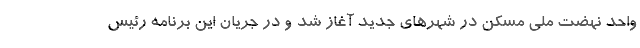
واحد نهضت ملی مسکن در شهرهای جدید آغاز شد و در جریان این برنامه رئیس